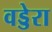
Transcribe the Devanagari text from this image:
वड्डेरा